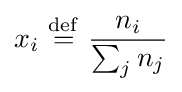
x_{i}\ {\stackrel {\mathrm {def} }{=}}\ {\frac {n_{i}}{\sum _{j}n_{j}}}